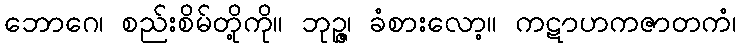
ဘောဂေ၊ စည်းစိမ်တို့ကို။ ဘုဉ္ဇ၊ ခံစားလော့။ ကဋာဟကဇာတကံ၊